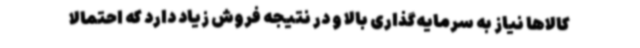
کالاها نیاز به سرمایه‌گذاری بالا و در نتیجه فروش زیاد دارد که احتمالاً